Plague in India, 1896, 1897 - Volume 3
Year: 1896
Disease focus: Plague
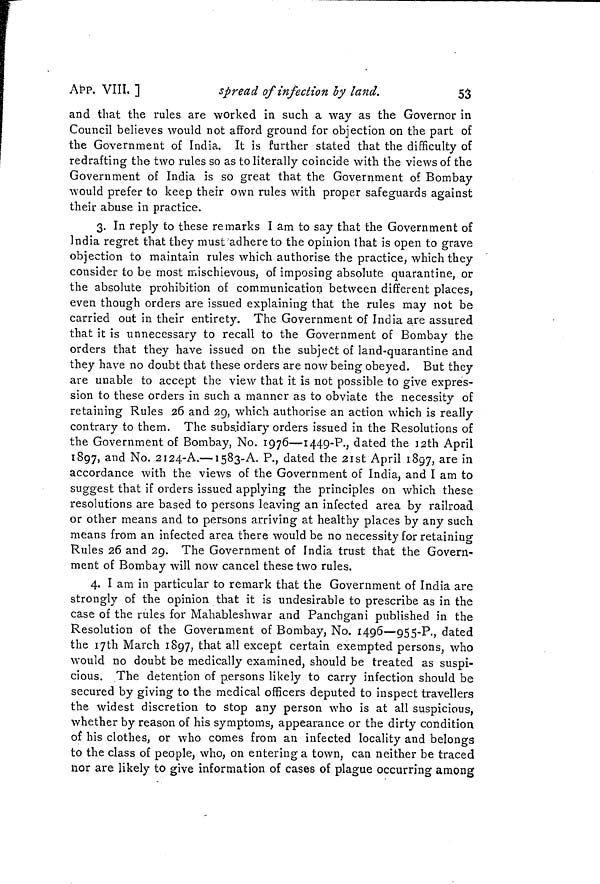
APP. VIII. ]
spread of infection by land.
53
and that the rules are worked in such a way as the Governor in
Council believes would not afford ground for objection on the part of
the Government of India. It is further stated that the difficulty of
redrafting the two rules so as to literally coincide with the views of the
Government of India is so great that the Government of Bombay
would prefer to keep their own rules with proper safeguards against
their abuse in practice.
3. In reply to these remarks I am to say that the Government of
India regret that they must adhere to the opinion that is open to grave
objection to maintain rules which authorise the practice, which they
consider to be most mischievous, of imposing absolute quarantine, or
the absolute prohibition of communication between different places,
even though orders are issued explaining that the rules may not be
carried out in their entirety. The Government of India are assured
that it is unnecessary to recall to the Government of Bombay the
orders that they have issued on the subject of land-quarantine and
they have no doubt that these orders are now being obeyed. But they
are unable to accept the view that it is not possible to give expres-
sion to these orders in such a manner as to obviate the necessity of
retaining Rules 26 and 29, which authorise an action which is really
contrary to them. The subsidiary orders issued in the Resolutions of
the Government of Bombay, No. 1976—1449-P., dated the 12th April
1897, an d No. 2I24-A.—1583-A. P., dated the 21st April 1897, are in
accordance with the views of the Government of India, and I am to
suggest that if orders issued applying the principles on which these
resolutions are based to persons leaving an infected area by railroad
or other means and to persons arriving at healthy places by any such
means from an infected area there would be no necessity for retaining
Rules 26 and 29. The Government of India trust that the Govern-
ment of Bombay will now cancel these two rules.
4. I am in particular to remark that the Government of India are
strongly of the opinion that it is undesirable to prescribe as in the
case of the rules for Mahableshwar and Panchgani published in the
Resolution of the Government of Bombay, No. 1496—955-P., dated
the 17th March 1897, that all except certain exempted persons, who
would no doubt be medically examined, should be treated as suspi-
cious. The detention of persons likely to carry infection should be
secured by giving to the medical officers deputed to inspect travellers
the widest discretion to stop any person who is at all suspicious,
whether by reason of his symptoms, appearance or the dirty condition
of his clothes, or who comes from an infected locality and belongs
to the class of people, who, on entering a town, can neither be traced
nor are likely to give information of cases of plague occurring among